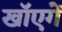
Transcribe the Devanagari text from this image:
खाॅएगें